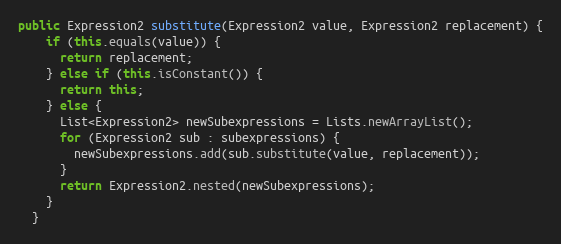
Language: Java
public Expression2 substitute(Expression2 value, Expression2 replacement) {
    if (this.equals(value)) {
      return replacement;
    } else if (this.isConstant()) {
      return this;
    } else {
      List<Expression2> newSubexpressions = Lists.newArrayList();
      for (Expression2 sub : subexpressions) {
        newSubexpressions.add(sub.substitute(value, replacement));
      }
      return Expression2.nested(newSubexpressions);
    }
  }